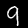
Label: 9